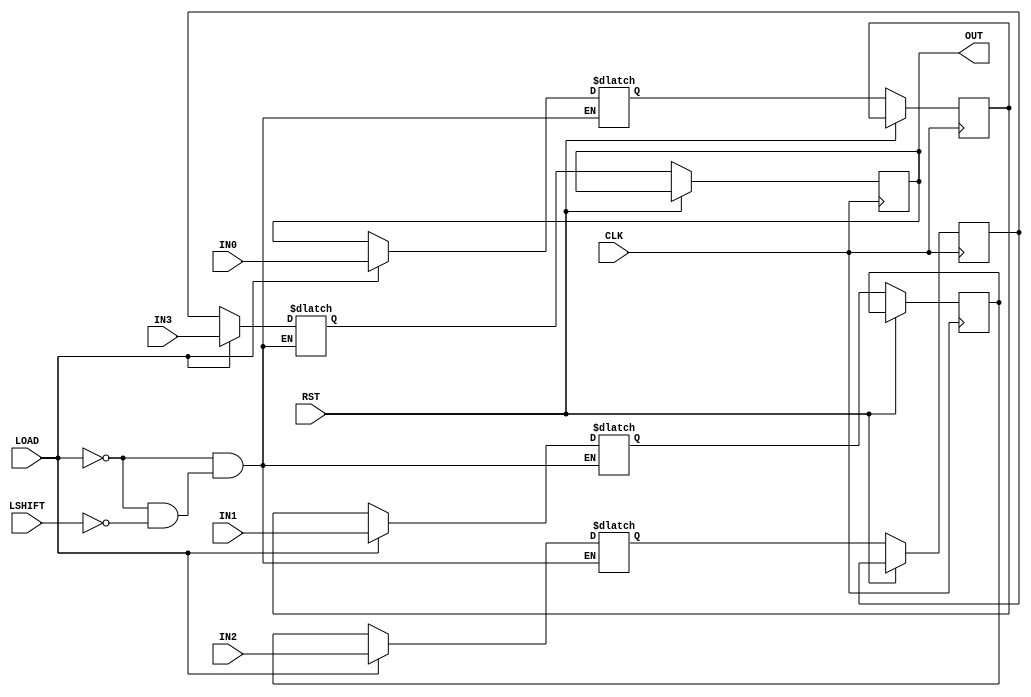
/* -----------------------------------------------------------------------------------
 * Module Name  : piso_left_Nb
 *
 * Description  : Basic parallel in Serial out cyclic left shifter
 * -----------------------------------------------------------------------------------

   MIT License

   Copyright (c) 2020 k-sva

   Permission is hereby granted, free of charge, to any person obtaining a copy
   of this software and associated documentation files (the Software), to deal
   in the Software without restriction, including without limitation the rights
   to use, copy, modify, merge, publish, distribute, sublicense, and/or sell
   copies of the Software, and to permit persons to whom the Software is
   furnished to do so, subject to the following conditions:

   The above copyright notice and this permission notice shall be included in all
   copies or substantial portions of the Software.

   THE SOFTWARE IS PROVIDED AS IS, WITHOUT WARRANTY OF ANY KIND, EXPRESS OR
   IMPLIED, INCLUDING BUT NOT LIMITED TO THE WARRANTIES OF MERCHANTABILITY,
   FITNESS FOR A PARTICULAR PURPOSE AND NONINFRINGEMENT. IN NO EVENT SHALL THE
   AUTHORS OR COPYRIGHT HOLDERS BE LIABLE FOR ANY CLAIM, DAMAGES OR OTHER
   LIABILITY, WHETHER IN AN ACTION OF CONTRACT, TORT OR OTHERWISE, ARISING FROM,
   OUT OF OR IN CONNECTION WITH THE SOFTWARE OR THE USE OR OTHER DEALINGS IN THE
   SOFTWARE.

 * ----------------------------------------------------------------------------------- */

module piso_left_cyclic_Nb #( parameter BUS_WIDTH = 8, SISO_WIDTH = 4 ) (
                                                                            input RST,
                                                                            input CLK,
                                                                            input LOAD,
                                                                            input LSHIFT,
                                                                            // Add more signals depending on the SISO_WIDTH parameter
                                                                            input [BUS_WIDTH-1:0] IN0,
                                                                            input [BUS_WIDTH-1:0] IN1,
                                                                            input [BUS_WIDTH-1:0] IN2,
                                                                            input [BUS_WIDTH-1:0] IN3,
                                                                            output [BUS_WIDTH-1:0] OUT
                                                                        );

    reg [BUS_WIDTH-1:0] siso_mem_p[SISO_WIDTH-1:0], siso_mem_n[SISO_WIDTH-1:0];
    integer i = 0, j = 0;
    wire [BUS_WIDTH-1:0] temp_in_val[SISO_WIDTH-1:0];

    // If SISO_WIDTH is to be changed then add new assign statements here
    assign temp_in_val[0] = IN0;
    assign temp_in_val[1] = IN1;
    assign temp_in_val[2] = IN2;
    assign temp_in_val[3] = IN3;

    always@(*)
    begin
        if( LOAD )
        begin   
            for( i = 0; i < SISO_WIDTH; i = i + 1 )
            begin
                    siso_mem_n[i] = temp_in_val[i];
            end
        end
        else if( LSHIFT )
        begin
            for( i = SISO_WIDTH-1; i >= 0; i = i - 1 )
            begin
                if( i == 0 )
                begin
                    siso_mem_n[i] = siso_mem_p[SISO_WIDTH-1];
                end
                else
                begin
                    siso_mem_n[i] = siso_mem_p[i-1];
                end
            end
        end
    end

    always@( posedge CLK or posedge RST )
    begin
        for( j = 0; j < SISO_WIDTH; j = j + 1 )
        begin
            siso_mem_p[j] <= siso_mem_p[j];
        end

        if( RST )
        begin
            // Does nothing actually
        end
        else
        begin
            for( j = 0; j < SISO_WIDTH; j = j + 1 )
            begin
                siso_mem_p[j] <= siso_mem_n[j];
            end
        end
    end

    assign OUT = siso_mem_p[SISO_WIDTH-1];

endmodule